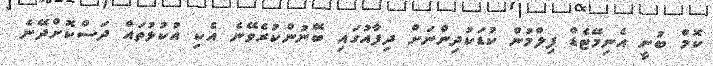
ކޮމް ބުނީ އެނިމޭޓެޑް ފިލްމުން ކުޑަކުދިންނަށް ދިފާއުގައި ބޭނުންކުރެވޭނެ އެކި އުކުޅުތައް ދަސްކޮށްދޭނެ